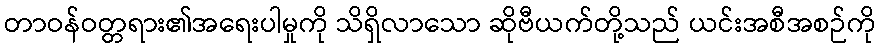
တာဝန်ဝတ္တရား၏အရေးပါမှုကို သိရှိလာသော ဆိုဗီယက်တို့သည် ယင်းအစီအစဉ်ကို